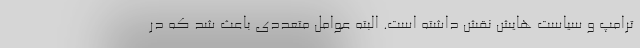
ترامپ و سیاست هایش نقش داشته است. البته عوامل متعددی باعث شد که در